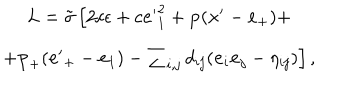
LaTeX: \begin{array} { c } { { L = { \tilde { \sigma } } \left[ 2 c \epsilon + c { \bf e ^ { \prime } } _ { 1 } ^ { 2 } + { \bf p } ( { \bf x ^ { \prime } } - { \bf e } _ { + } ) + \right. } } \\ { { \left. + { \bf p } _ { + } ( { \bf e ^ { \prime } } _ { + } - { \bf e } _ { 1 } ) - \sum _ { i , j } d _ { i j } ( { \bf e } _ { i } { \bf e } _ { j } - \eta _ { i j } ) \right] , } } \\ \end{array}